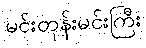
မင်းတုန်းမင်းကြီး